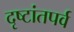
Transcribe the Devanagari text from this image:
दृष्टांतपर्व